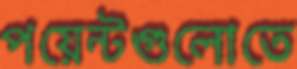
পয়েন্টগুলোতে